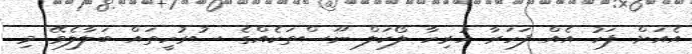
އެއަށް ފަހު އެއް ފަހަރާ ހުރިހާ ލޯކަލް ނޫސްތަކެއްގެ ސުރުހީތައް ބަލާލެވޭ މި